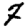
Digit: 7